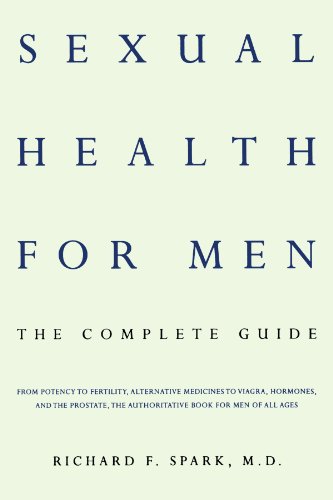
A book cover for Sexual Health for Men; Richard F. Spark; Health, Fitness & Dieting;